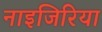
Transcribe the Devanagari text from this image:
नाइजिरिया